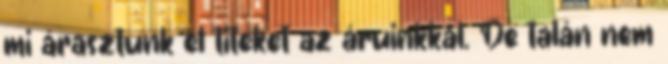
mi árasztunk el titeket az áruinkkal. De talán nem